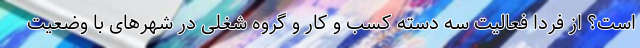
است؟ از فردا فعالیت سه دسته کسب و کار و گروه شغلی در شهرهای با وضعیت